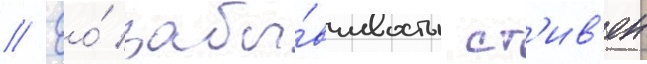
// Ео́ забы́вчивость ст'ив'ен